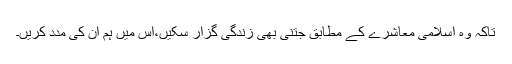
تاکہ وہ اسلامی معاشرے کے مطابق جتنی بھی زندگی گزار سکیں،اس میں ہم ان کی مدد کریں۔